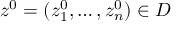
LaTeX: z ^ { 0 } = ( z _ { 1 } ^ { 0 } , \dots , z _ { n } ^ { 0 } ) \in D